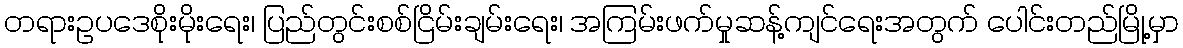
တရားဥပဒေစိုးမိုးရေး၊ ပြည်တွင်းစစ်ငြိမ်းချမ်းရေး၊ အကြမ်းဖက်မှုဆန့်ကျင်ရေးအတွက် ပေါင်းတည်မြို့မှာ